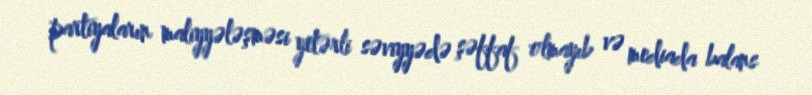
partiyaların maliyyələşməsi yetərli səviyyədə şəffaf olmayıb və mediada balans